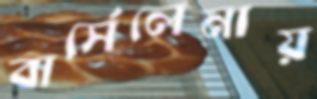
বার্সেলেনায়